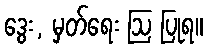
ဒွေး, မှတ်ရေး ဩ ပြုရ။